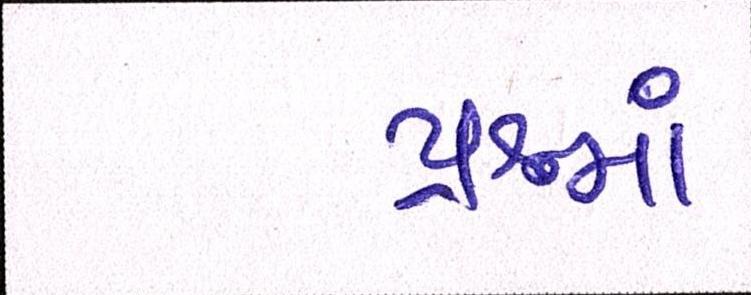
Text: પ્રશ્નમાં